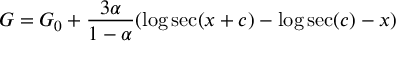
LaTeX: G = G _ { 0 } + \frac { 3 \alpha } { 1 - \alpha } ( \log \sec ( x + c ) - \log \sec ( c ) - x )